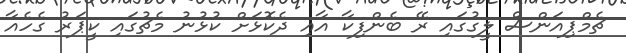
ޗެމްޕިއަންސް ލީގުގައި ރޭ ބެންފިކާ އާއި ދެކޮޅަށް ކުޅުނު މެޗުގައި ކީޕަރު ގެހެއާ